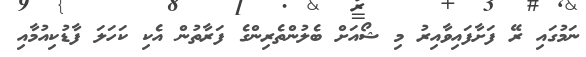
ނަމުގައި ރޭ ފަށާފައިވާއިރު މި ޝޯއަށް ބެލުންތެރިންގެ ފަރާތުން އެކި ކަހަލަ ފާޑުކިއުމާއި